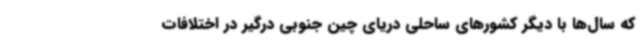
که سال‌ها با دیگر کشورهای ساحلی دریای چین جنوبی درگیر در اختلافات